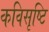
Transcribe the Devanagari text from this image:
कविसृष्टि